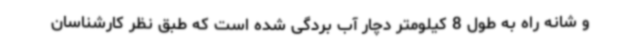
و شانه راه به طول 8 کیلومتر دچار آب بردگی شده است که طبق نظر کارشناسان